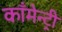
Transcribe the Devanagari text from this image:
काँमेन्ट्री